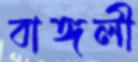
বাঙ্গলী